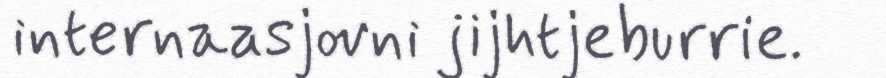
internaasjovni jijhtjeburrie.